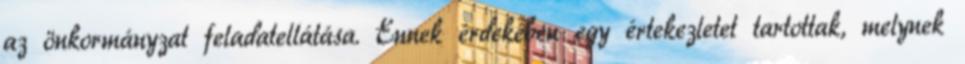
az önkormányzat feladatellátása. Ennek érdekében egy értekezletet tartottak, melynek